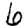
Digit: 6